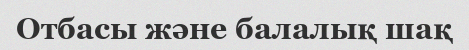
Отбасы және балалық шақ